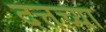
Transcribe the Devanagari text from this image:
दत्तच्या